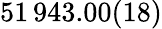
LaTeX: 51\, 943.00(18)